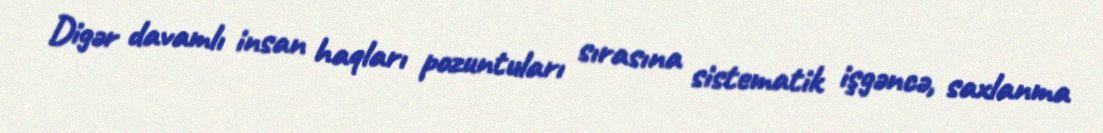
Digər davamlı insan haqları pozuntuları sırasına sistematik işgəncə, saxlanma